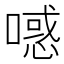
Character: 𰈪